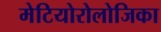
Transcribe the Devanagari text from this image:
मेटियोरोलोजिका